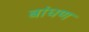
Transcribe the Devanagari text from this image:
बांधण